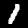
Digit: 1